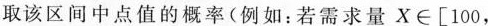
取该区间中点值的概率(例如：若需求量X \in [100，